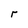
Character: r